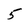
Character: 5